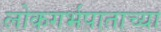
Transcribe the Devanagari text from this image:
लोकगर्भपाताच्या